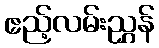
ဧည့်လမ်းညွှန်